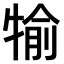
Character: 𤚎